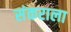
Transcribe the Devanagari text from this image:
संकराला